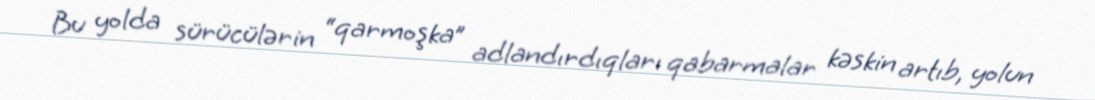
Bu yolda sürücülərin “qarmoşka” adlandırdıqları qabarmalar kəskin artıb, yolun